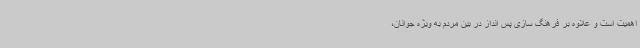
اهمیت است و علاوه بر فرهنگ سازی پس انداز در بین مردم به ویژه جوانان،